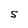
Character: S